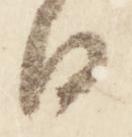
日